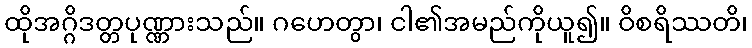
ထိုအဂ္ဂိဒတ္တပုဏ္ဏားသည်။ ဂဟေတွာ၊ ငါ၏အမည်ကိုယူ၍။ ဝိစရိဿတိ၊